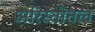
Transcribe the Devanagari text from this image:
अरिस्तोतल